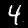
Label: 4